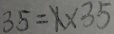
3 5 = x \times 3 5